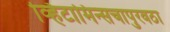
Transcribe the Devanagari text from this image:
व्हिटामिन्सचापुरवठा